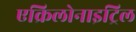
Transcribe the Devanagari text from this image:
एक्रिलोनाइट्रिल